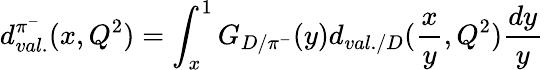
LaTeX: d_{val.}^{\pi^{-}}(x,Q^{2})=\int_{x}^{1}G_{D/\pi^{-}}(y)d_{val./D}(\frac{x}{y},Q^{2})\frac{dy}{y}